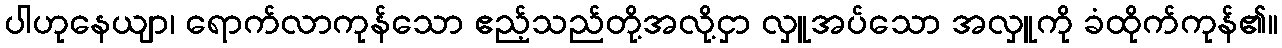
ပါဟုနေယျာ၊ ရောက်လာကုန်သော ဧည့်သည်တို့အလို့ငှာ လှူအပ်သော အလှူကို ခံထိုက်ကုန်၏။